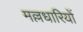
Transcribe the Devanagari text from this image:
मल्लधारियों